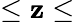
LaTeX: \leq\mathbf{z}\leq